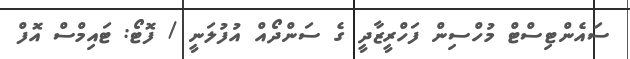
ސައެންޓިސްޓް މުހްސިން ފަހްރީޒާދީ ގެ ސަންދޯއް އުފުލަނީ / ފޮޓޯ: ޓައިމްސް އޮފް